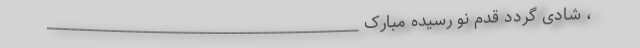
، شادی گردد قدم نو رسیده مبارک _______________________________________